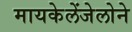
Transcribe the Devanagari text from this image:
मायकेलेंजेलोने